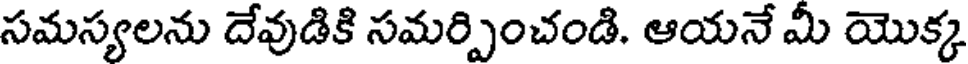
సమస్యలను దేవుడికి సమర్పించండి. ఆయనే మీ యొక్క